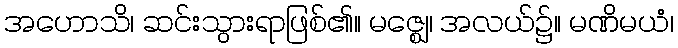
အဟောသိ၊ ဆင်းသွားရာဖြစ်၏။ မဇ္ဈေ၊ အလယ်၌။ မဏိမယံ၊